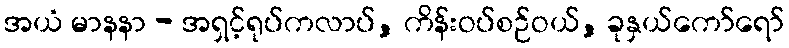
အယံ မာနနာ - အရှင့်ရုပ်ကလာပ်, ကိန်းဝပ်စဉ်ဝယ်, ခုနှယ်ကော်ရော်